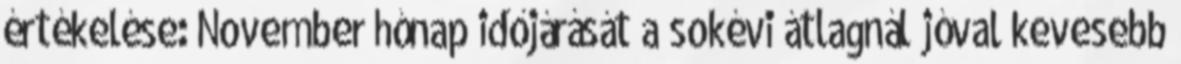
értékelése: November hónap időjárását a sokévi átlagnál jóval kevesebb